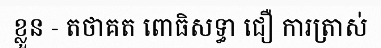
ខ្លួន - តថាគត ពោធិសទ្ធា ជឿ ការត្រាស់